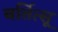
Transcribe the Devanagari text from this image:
बर्तित्सू